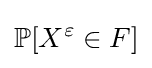
\mathbb {P} [X^{\varepsilon }\in F]